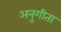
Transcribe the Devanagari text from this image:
अनुगीता